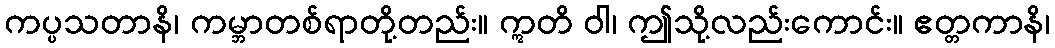
ကပ္ပသတာနိ၊ ကမ္ဘာတစ်ရာတို့တည်း။ ဣတိ ဝါ၊ ဤသို့လည်းကောင်း။ ဧတ္တကာနိ၊